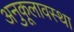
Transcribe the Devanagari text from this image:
अनुकूलावस्था